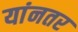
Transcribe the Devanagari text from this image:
यांनतर